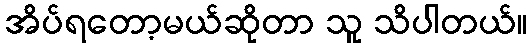
အိပ်ရတော့မယ်ဆိုတာ သူ သိပါတယ်။